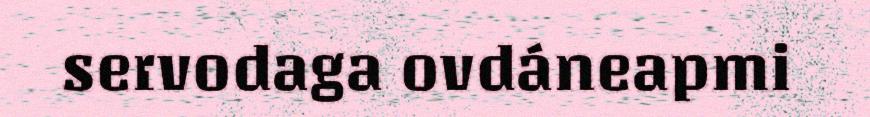
servodaga ovdáneapmi